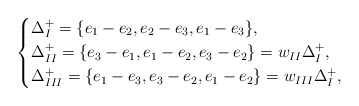
\begin{align*}\left\{\begin{aligned}& \Delta_{I}^+=\{e_1-e_2, e_2-e_3, e_1-e_3\},\\& \Delta_{II}^+=\{e_3-e_1, e_1-e_2, e_3-e_2\}=w_{ II}\Delta_{ I}^+,\\& \Delta_{III}^+=\{e_1-e_3, e_3-e_2, e_1-e_2\}=w_{ III} \Delta_{ I}^+,\end{aligned}\right.\end{align*}